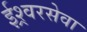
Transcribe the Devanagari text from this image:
ईश्र्वरसेवा